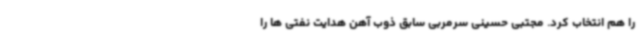
را هم انتخاب کرد. مجتبی حسینی سرمربی سابق ذوب آهن هدایت نفتی ها را